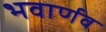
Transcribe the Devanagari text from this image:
भवार्णव